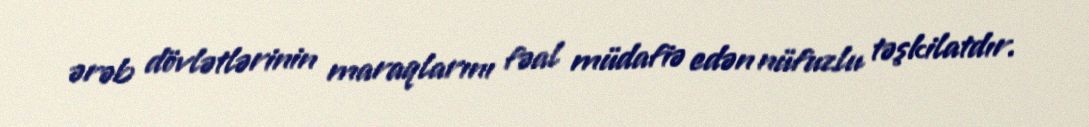
ərəb dövlətlərinin maraqlarını fəal müdafiə edən nüfuzlu təşkilatdır.